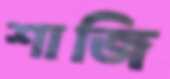
শাজি